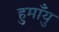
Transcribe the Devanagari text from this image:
हुमाँयु